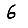
Digit: 6